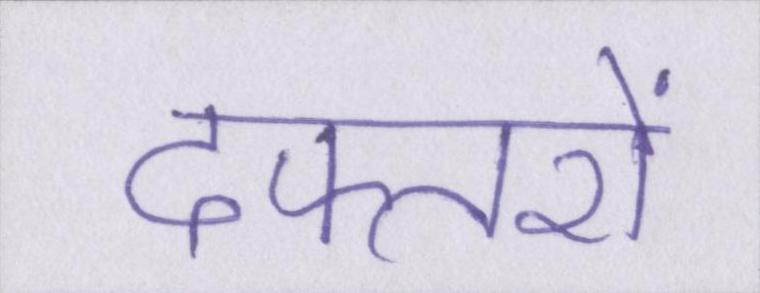
दफ्तरों